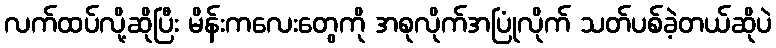
လက်ထပ်လို့ဆိုပြီး မိန်းကလေးတွေကို အစုလိုက်အပြုံလိုက် သတ်ပစ်ခဲ့တယ်ဆိုပဲ